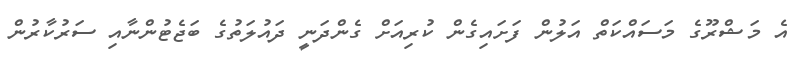
އެ މަޝްރޫގެ މަސައްކަތް އަލުން ފަށައިގެން ކުރިއަށް ގެންދަނީ ދައުލަތުގެ ބަޖެޓުންނާއި ސަރުކާރުން